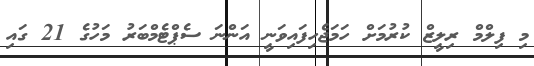
މި ފިލްމް ރިލީޒް ކުރުމަށް ހަމަޖެހިފައިވަނީ އަންނަ ސެޕްޓެމްބަރު މަހުގެ 21 ގައި